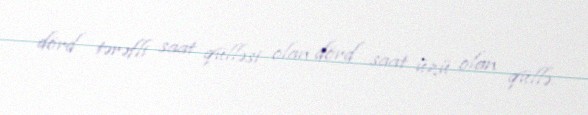
dörd tərəfli saat qülləsi olan dörd saat üzü olan qüllə.